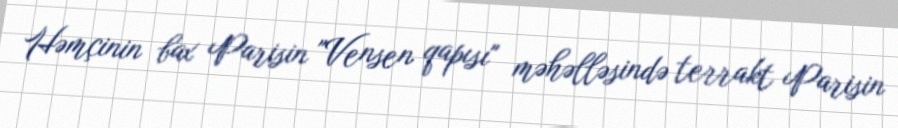
Həmçinin bax Parisin "Vensen qapısı" məhəlləsində terrakt Parisin